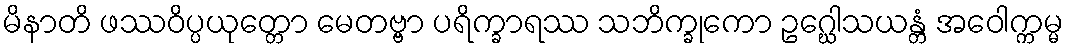
မိနာတိ ဖဿဝိပ္ပယုတ္တော မေတဗ္ဗာ ပရိက္ခာရဿ သဘိက္ခုကော ဥဂ္ဃေါသယန္တံ အဝေါက္ကမ္မ